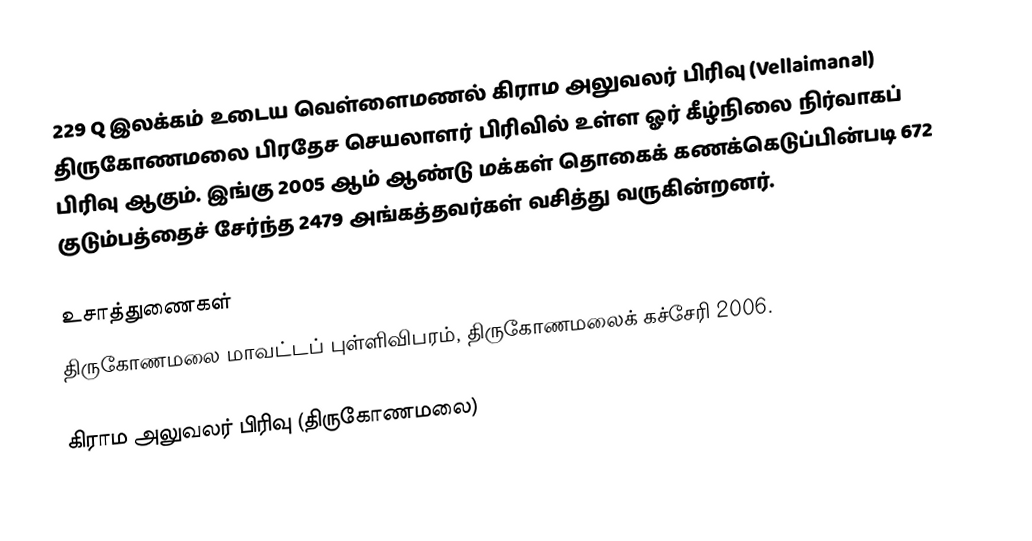
229 Q இலக்கம்  உடைய வெள்ளைமணல் கிராம அலுவலர் பிரிவு  (Vellaimanal) திருகோணமலை பிரதேச செயலாளர் பிரிவில் உள்ள ஓர் கீழ்நிலை நிர்வாகப் பிரிவு ஆகும். இங்கு 2005 ஆம் ஆண்டு மக்கள் தொகைக் கணக்கெடுப்பின்படி 672 குடும்பத்தைச் சேர்ந்த 2479 அங்கத்தவர்கள் வசித்து வருகின்றனர்.

உசாத்துணைகள்
திருகோணமலை மாவட்டப் புள்ளிவிபரம், திருகோணமலைக் கச்சேரி 2006.

கிராம அலுவலர் பிரிவு (திருகோணமலை)